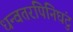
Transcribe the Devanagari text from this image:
धन्वतरपिनिघंटु